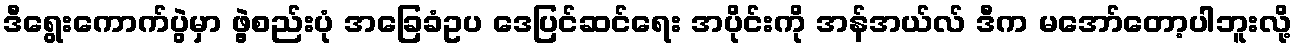
ဒီရွေးကောက်ပွဲမှာ ဖွဲ့စည်းပုံ အခြေခံဥပ ဒေပြင်ဆင်ရေး အပိုင်းကို အန်အယ်လ် ဒီက မအော်တော့ပါဘူးလို့